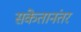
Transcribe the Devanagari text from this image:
संकेतानंतर